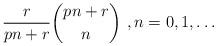
LaTeX: \begin{align*}\frac{r}{pn+r}\binom{pn+r}{n}\ , n=0,1,\ldots \end{align*}